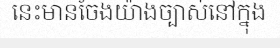
នេះមានចែងយ៉ាងច្បាស់នៅក្នុង